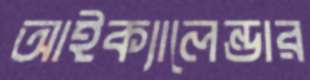
আইক্যালেন্ডার